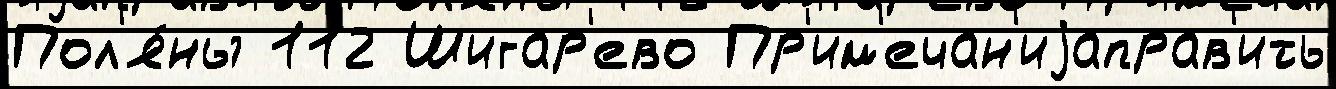
Пол'я́ны 112 Шигар'ево Пр'им'ечан'иjаправ'ить